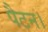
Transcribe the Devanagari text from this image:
पैटन।